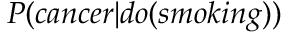
P ( c a n c e r | d o ( s m o k i n g ) )